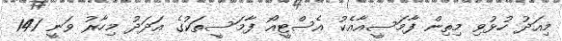
މިއަދު ހުޅުވި މިތިން ފާމަސީއާއެކު އެސްޓީއޯ ފާމަސީތަކުގެ އަދަދު މިހާރު ވަނީ 141